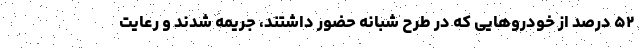
۵۲ درصد از خودروهایی که در طرح شبانه حضور داشتند، جریمه شدند و رعایت